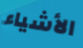
الأشياء